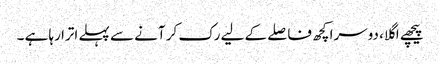
پیچھے اگلا، دوسرا کچھ فاصلے کے لیے رک کر آنے سے پہلے اترا رہا ہے ۔